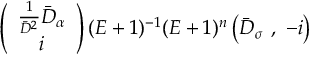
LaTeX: \left( \begin{array} { c } { { \frac { 1 } { \bar { D } ^ { 2 } } \bar { D } _ { \alpha } } } \\ { { i } } \end{array} \right) ( E + 1 ) ^ { - 1 } ( E + 1 ) ^ { n } \left( \bar { D } _ { \sigma } \ , \ - i \right)